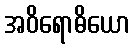
အဝိရောဓိယော